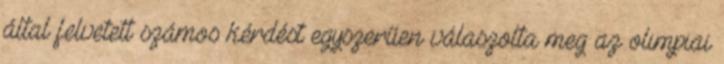
által felvetett számos kérdést egyszerűen válaszolta meg az olimpiai